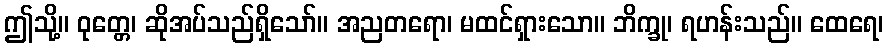
ဤသို့။ ဝုတ္တေ၊ ဆိုအပ်သည်ရှိသော်။ အညတရော၊ မထင်ရှားသော။ ဘိက္ခု၊ ရဟန်းသည်။ ထေရေ၊